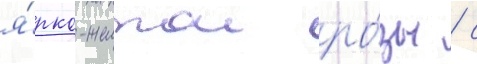
я́рко-желтои ро́зы / с